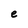
Character: e